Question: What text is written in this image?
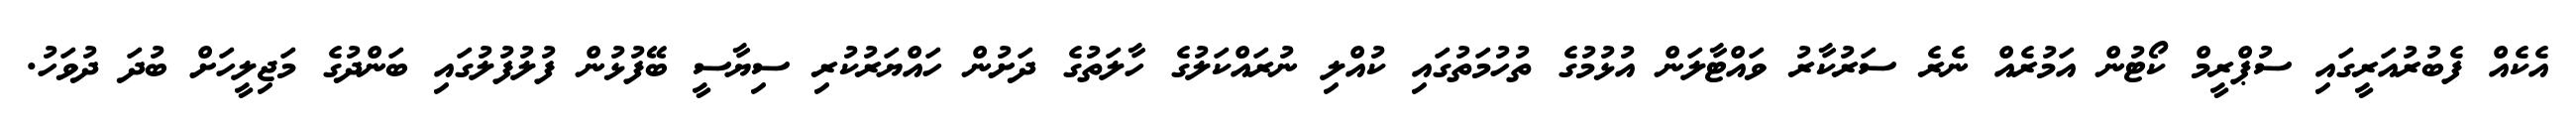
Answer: އެކެއް ފެބުރުއަރީގައި ސުޕްރީމް ކޯޓުން އަމުރެއް ނެރެ ސަރުކާރު ވައްޓާލަން އުޅުމުގެ ތުހުމަތުގައި ކުއްލި ނުރައްކަލުގެ ހާލަތުގެ ދަށުން ހައްޔަރުކުރި ސިޔާސީ ބޭފުޅުން ފުލުފުލުގައި ބަންދުގެ މަޖިލީހަށް ބުދަ ދުވަހު.